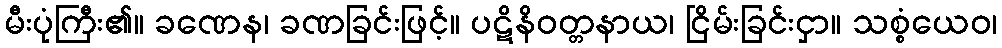
မီးပုံကြီး၏။ ခဏေန၊ ခဏခြင်းဖြင့်။ ပဋိနိဝတ္တနာယ၊ ငြိမ်းခြင်းငှာ။ သစ္စံယေဝ၊